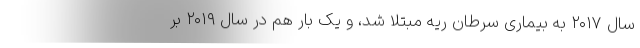
سال ۲۰۱۷ به بیماری سرطان ریه مبتلا شد، و یک بار هم در سال ۲۰۱۹ بر